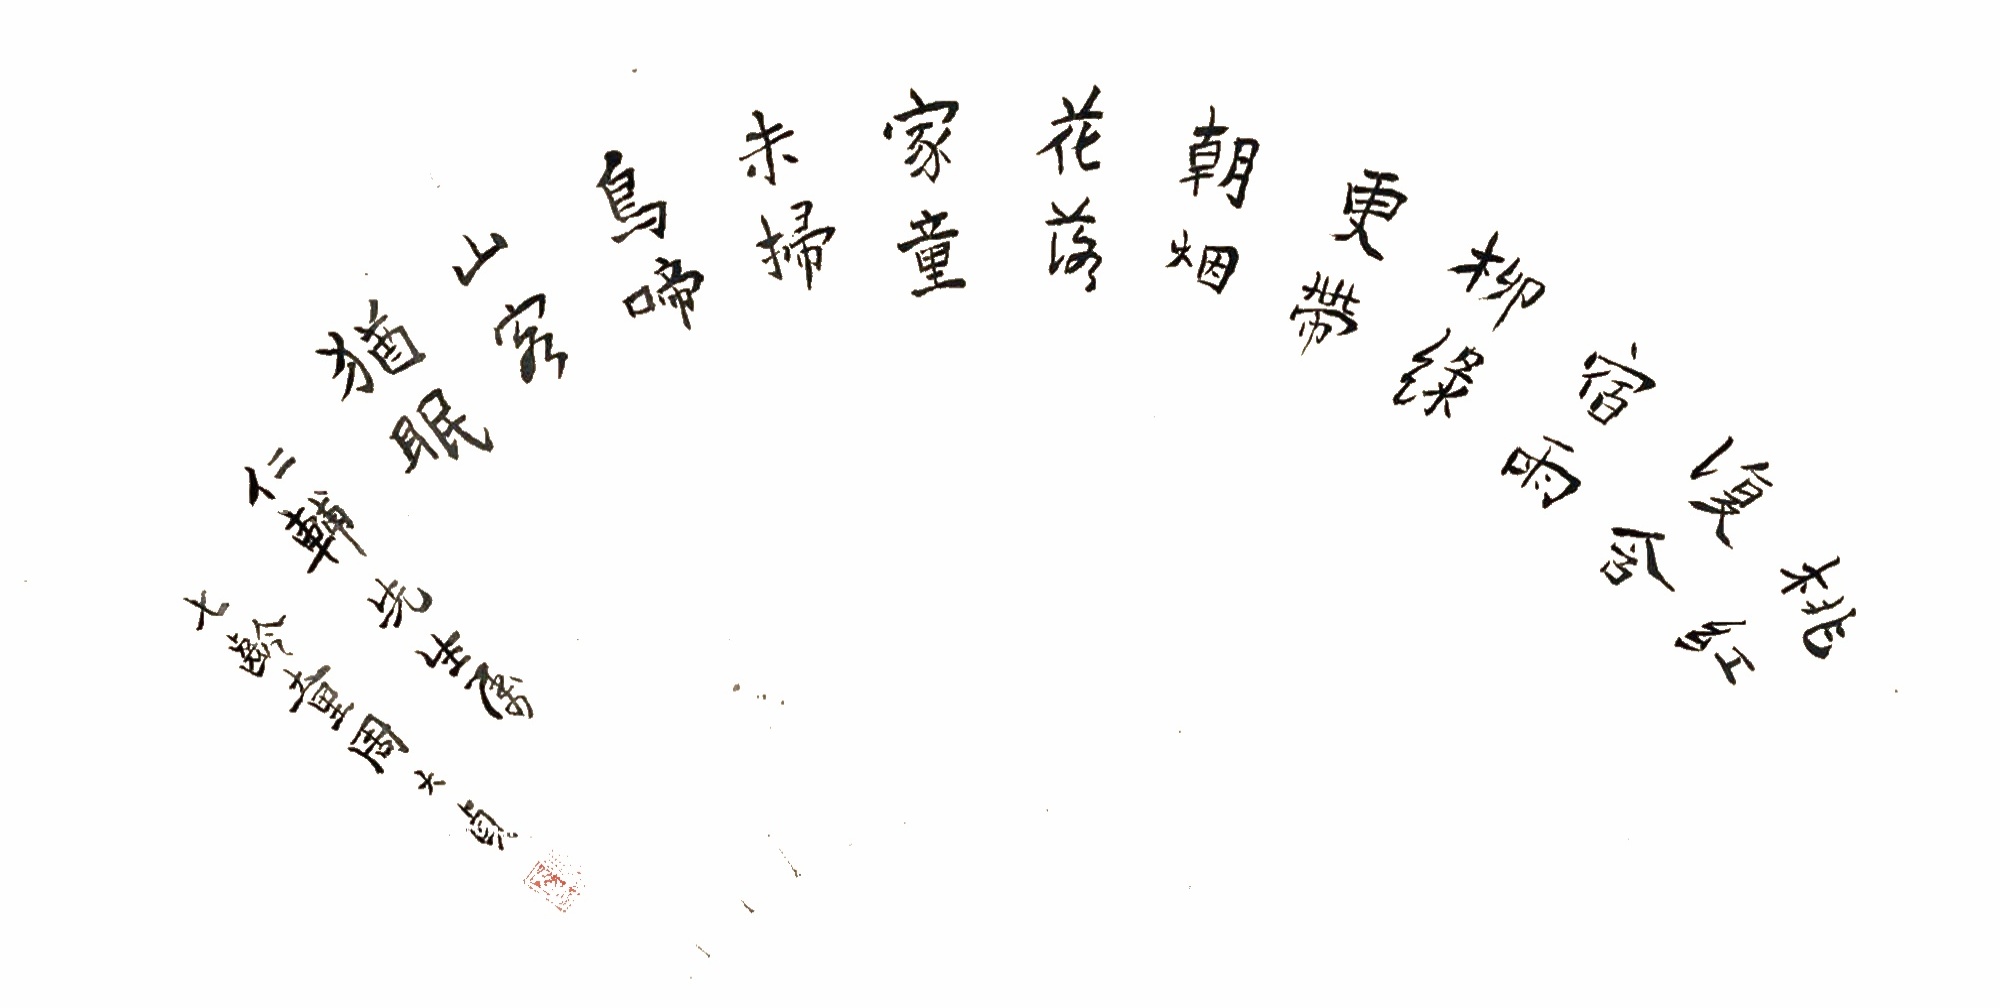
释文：桃红复含宿雨，柳绿更带朝烟。花落家童未扫，鸟啼山客犹眠。仁辅先生属，七龄童周大贞。